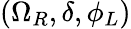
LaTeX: (\Omega_{R},\delta,\phi_{L})